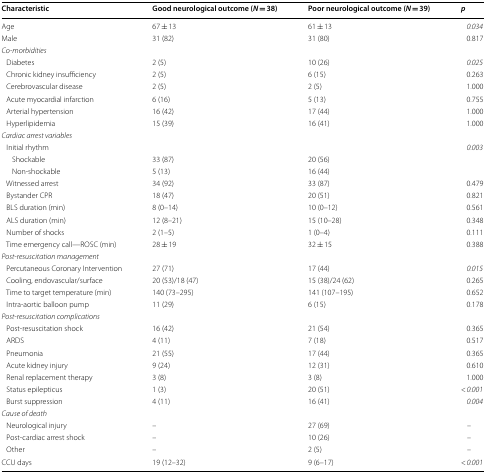
<table><thead><tr><td><b>Characteristic</b></td><td><b>Good neurological outcome (<i>N</i> = 38)</b></td><td><b>Poor neurological outcome (<i>N</i> = 39)</b></td><td><b><i>p</i></b></td></tr></thead><tbody><tr><td>Age</td><td>67 ± 13</td><td>61 ± 13</td><td><i>0.034</i></td></tr><tr><td>Male</td><td>31 (82)</td><td>31 (80)</td><td>0.817</td></tr><tr><td colspan="4"><i>Co-morbidities</i></td></tr><tr><td> Diabetes</td><td>2 (5)</td><td>10 (26)</td><td><i>0.025</i></td></tr><tr><td> Chronic kidney insufficiency</td><td>2 (5)</td><td>6 (15)</td><td>0.263</td></tr><tr><td> Cerebrovascular disease</td><td>2 (5)</td><td>2 (5)</td><td>1.000</td></tr><tr><td> Acute myocardial infarction</td><td>6 (16)</td><td>5 (13)</td><td>0.755</td></tr><tr><td> Arterial hypertension</td><td>16 (42)</td><td>17 (44)</td><td>1.000</td></tr><tr><td> Hyperlipidemia</td><td>15 (39)</td><td>16 (41)</td><td>1.000</td></tr><tr><td colspan="4"><i>Cardiac arrest variables</i></td></tr><tr><td> Initial rhythm</td><td></td><td></td><td><i>0.003</i></td></tr><tr><td>Shockable</td><td>33 (87)</td><td>20 (56)</td><td></td></tr><tr><td>Non-shockable</td><td>5 (13)</td><td>16 (44)</td><td></td></tr><tr><td> Witnessed arrest</td><td>34 (92)</td><td>33 (87)</td><td>0.479</td></tr><tr><td> Bystander CPR</td><td>18 (47)</td><td>20 (51)</td><td>0.821</td></tr><tr><td> BLS duration (min)</td><td>8 (0–14)</td><td>10 (0–12)</td><td>0.561</td></tr><tr><td> ALS duration (min)</td><td>12 (8–21)</td><td>15 (10–28)</td><td>0.348</td></tr><tr><td> Number of shocks</td><td>2 (1–5)</td><td>1 (0–4)</td><td>0.111</td></tr><tr><td> Time emergency call—ROSC (min)</td><td>28 ± 19</td><td>32 ± 15</td><td>0.388</td></tr><tr><td colspan="4"><i>Post-resuscitation management</i></td></tr><tr><td> Percutaneous Coronary Intervention</td><td>27 (71)</td><td>17 (44)</td><td><i>0.015</i></td></tr><tr><td> Cooling, endovascular/surface</td><td>20 (53)/18 (47)</td><td>15 (38)/24 (62)</td><td>0.265</td></tr><tr><td> Time to target temperature (min)</td><td>140 (73–295)</td><td>141 (107–195)</td><td>0.652</td></tr><tr><td> Intra-aortic balloon pump</td><td>11 (29)</td><td>6 (15)</td><td>0.178</td></tr><tr><td colspan="4"><i>Post-resuscitation complications</i></td></tr><tr><td> Post-resuscitation shock</td><td>16 (42)</td><td>21 (54)</td><td>0.365</td></tr><tr><td> ARDS</td><td>4 (11)</td><td>7 (18)</td><td>0.517</td></tr><tr><td> Pneumonia</td><td>21 (55)</td><td>17 (44)</td><td>0.365</td></tr><tr><td> Acute kidney injury</td><td>9 (24)</td><td>12 (31)</td><td>0.610</td></tr><tr><td> Renal replacement therapy</td><td>3 (8)</td><td>3 (8)</td><td>1.000</td></tr><tr><td> Status epilepticus</td><td>1 (3)</td><td>20 (51)</td><td>&lt; <i>0.001</i></td></tr><tr><td> Burst suppression</td><td>4 (11)</td><td>16 (41)</td><td><i>0.004</i></td></tr><tr><td colspan="4"><i>Cause of death</i></td></tr><tr><td> Neurological injury</td><td>–</td><td>27 (69)</td><td>–</td></tr><tr><td> Post-cardiac arrest shock</td><td>–</td><td>10 (26)</td><td>–</td></tr><tr><td> Other</td><td>–</td><td>2 (5)</td><td>–</td></tr><tr><td>CCU days</td><td>19 (12–32)</td><td>9 (6–17)</td><td>&lt; <i>0.001</i></td></tr></tbody></table>